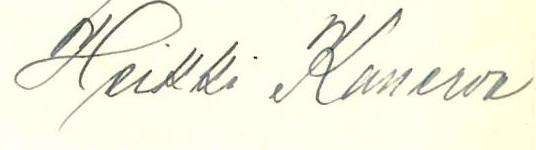
Heikki Kanerva